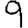
Digit: 9